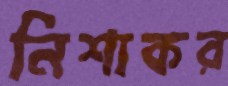
নিশাকর